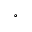
^ \circ